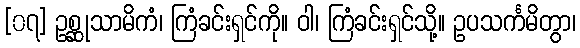
[၀၇] ဥစ္ဆုသာမိကံ၊ ကြံခင်းရှင်ကို။ ဝါ၊ ကြံခင်းရှင်သို့။ ဥပသင်္ကမိတွာ၊